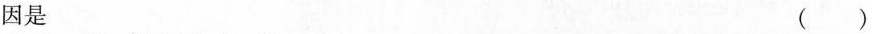
因是 （ ）